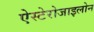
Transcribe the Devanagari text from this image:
ऐस्टेरोजाइलोन